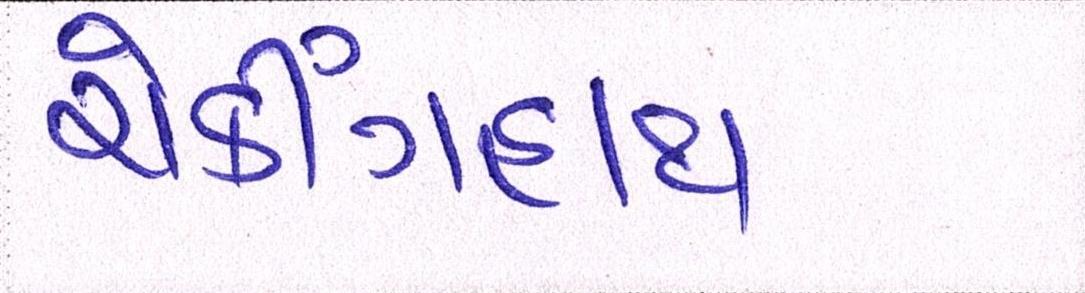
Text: ચેકીંગહાથ